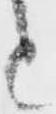
と